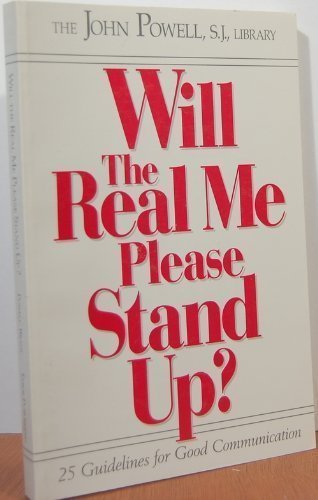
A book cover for Will the Real Me Please Stand Up; John Powell; Christian Books & Bibles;